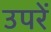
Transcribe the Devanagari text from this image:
उपरें